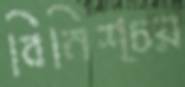
বিনিশ্চয়